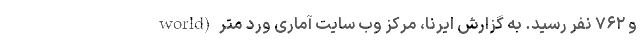
و ۷۶۲ نفر رسید. به گزارش ایرنا، مرکز وب سایت آماری ورد متر (world